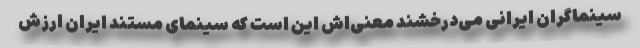
سینماگران ایرانی می‌درخشند معنی‌اش این است که سینمای مستند ایران ارزش